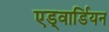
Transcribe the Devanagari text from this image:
एड्वार्डियन